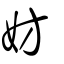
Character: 妨